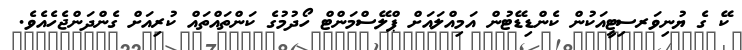
ކޭ ގެ ޔުނިވަރސިޓީއަކުން ކެންޑިޑޭޓުން އަމިއްލައަށް ޕްލޭސްމަންޓް ހޯދުމުގެ ކަންތައްތައް ކުރިއަށް ގެންދަންޖެހެއެވެ.